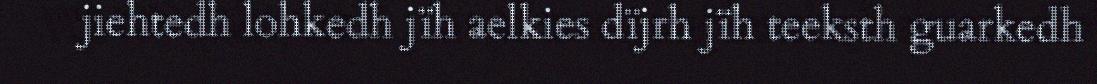
jiehtedh lohkedh jïh aelkies dïjrh jïh teeksth guarkedh